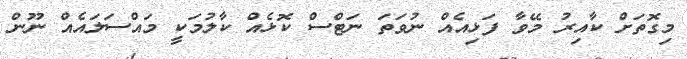
މިގޮތަށް ކާއިރު މޭވާ ފަޅިއެއް ނުވަތަ ނަޓްސް ކޮޅެއް ކާލުމަކީ މައްސަލައެއް ނޫން